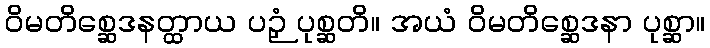
ဝိမတိစ္ဆေဒနတ္ထာယ ပဉှံ ပုစ္ဆတိ။ အယံ ဝိမတိစ္ဆေဒနာ ပုစ္ဆာ။